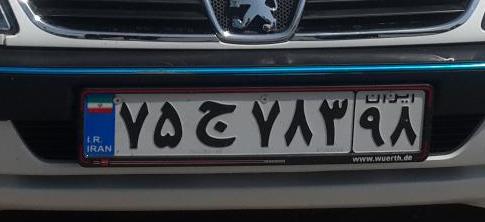
۷۵ج۷۸۳۹۸